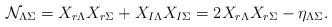
LaTeX: \begin{align*}\mathcal{N}_{\Lambda\Sigma}=X_{r\Lambda}X_{r\Sigma}+X_{I\Lambda}X_{I\Sigma}=2X_{r\Lambda}X_{r\Sigma}-\eta_{\Lambda \Sigma}.\end{align*}